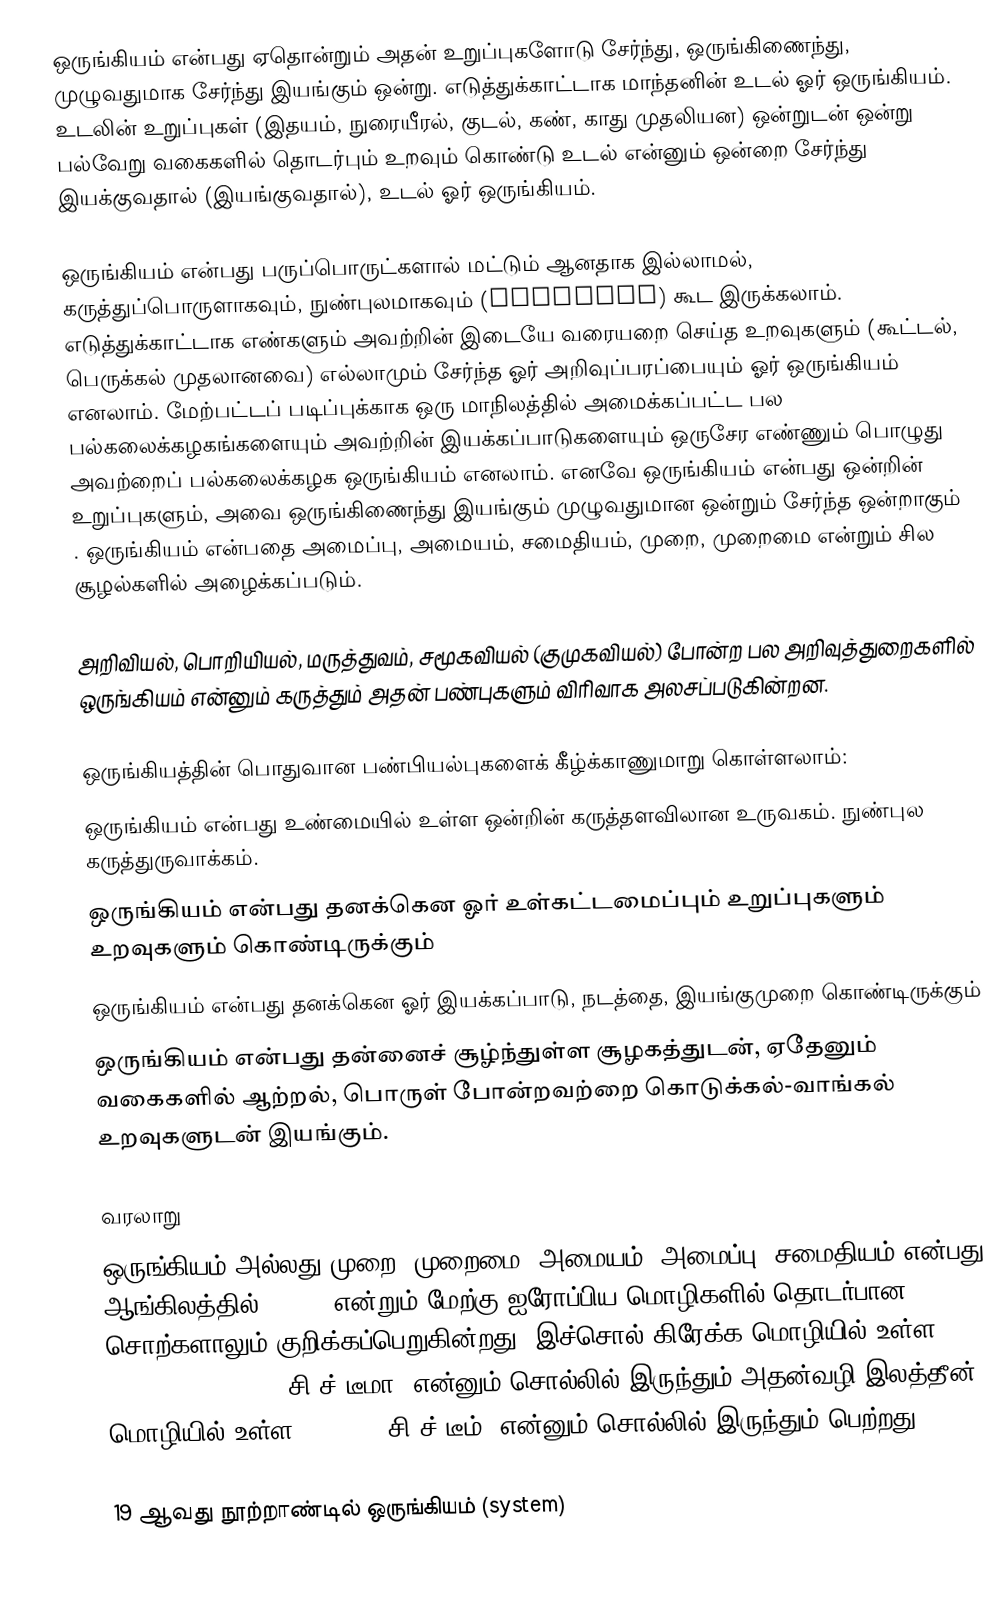
ஒருங்கியம் என்பது ஏதொன்றும் அதன் உறுப்புகளோடு சேர்ந்து, ஒருங்கிணைந்து, முழுவதுமாக சேர்ந்து இயங்கும் ஒன்று. எடுத்துக்காட்டாக மாந்தனின் உடல் ஓர் ஒருங்கியம். உடலின் உறுப்புகள் (இதயம், நுரையீரல், குடல், கண், காது முதலியன) ஒன்றுடன் ஒன்று பல்வேறு வகைகளில் தொடர்பும் உறவும் கொண்டு உடல் என்னும் ஒன்றை சேர்ந்து இயக்குவதால் (இயங்குவதால்), உடல் ஓர் ஒருங்கியம்.

ஒருங்கியம் என்பது பருப்பொருட்களால் மட்டும் ஆனதாக இல்லாமல், கருத்துப்பொருளாகவும், நுண்புலமாகவும் (abstract) கூட இருக்கலாம். எடுத்துக்காட்டாக எண்களும் அவற்றின் இடையே வரையறை செய்த உறவுகளும் (கூட்டல், பெருக்கல் முதலானவை) எல்லாமும் சேர்ந்த ஓர் அறிவுப்பரப்பையும் ஓர் ஒருங்கியம் எனலாம். மேற்பட்டப் படிப்புக்காக ஒரு மாநிலத்தில் அமைக்கப்பட்ட பல பல்கலைக்கழகங்களையும் அவற்றின் இயக்கப்பாடுகளையும் ஒருசேர எண்ணும் பொழுது அவற்றைப் பல்கலைக்கழக ஒருங்கியம் எனலாம். எனவே ஒருங்கியம் என்பது ஒன்றின் உறுப்புகளும், அவை ஒருங்கிணைந்து இயங்கும் முழுவதுமான ஒன்றும் சேர்ந்த ஒன்றாகும் . ஒருங்கியம் என்பதை அமைப்பு, அமையம், சமைதியம், முறை, முறைமை என்றும் சில சூழல்களில் அழைக்கப்படும்.

அறிவியல், பொறியியல், மருத்துவம், சமூகவியல் (குமுகவியல்) போன்ற பல அறிவுத்துறைகளில் ஒருங்கியம் என்னும் கருத்தும் அதன் பண்புகளும் விரிவாக அலசப்படுகின்றன.

ஒருங்கியத்தின் பொதுவான பண்பியல்புகளைக் கீழ்க்காணுமாறு கொள்ளலாம்:
 ஒருங்கியம் என்பது உண்மையில் உள்ள ஒன்றின் கருத்தளவிலான உருவகம். நுண்புல கருத்துருவாக்கம்.
 ஒருங்கியம் என்பது தனக்கென ஓர் உள்கட்டமைப்பும் உறுப்புகளும் உறவுகளும் கொண்டிருக்கும்
 ஒருங்கியம் என்பது தனக்கென ஓர் இயக்கப்பாடு, நடத்தை, இயங்குமுறை கொண்டிருக்கும்
 ஒருங்கியம் என்பது தன்னைச் சூழ்ந்துள்ள சூழகத்துடன், ஏதேனும் வகைகளில் ஆற்றல், பொருள் போன்றவற்றை கொடுக்கல்-வாங்கல் உறவுகளுடன் இயங்கும்.

வரலாறு
ஒருங்கியம் அல்லது முறை, முறைமை, அமையம், அமைப்பு, சமைதியம் என்பது, ஆங்கிலத்தில் System என்றும் மேற்கு ஐரோப்பிய மொழிகளில் தொடர்பான சொற்களாலும் குறிக்கப்பெறுகின்றது. இச்சொல் கிரேக்க மொழியில் உள்ள σύστημα (systēma, ˘சி˘ச்"டீமா) என்னும் சொல்லில் இருந்தும் அதன்வழி இலத்தீன் மொழியில் உள்ள systēm (˘சி˘ச்"டீம்) என்னும் சொல்லில் இருந்தும் பெற்றது.

 19 ஆவது நூற்றாண்டில் ஒருங்கியம் (system)